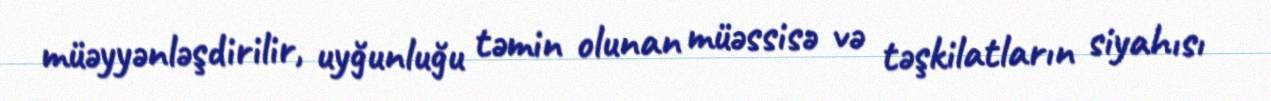
müəyyənləşdirilir, uyğunluğu təmin olunan müəssisə və təşkilatların siyahısı